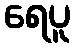
ရေပူ